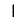
Digit: 1